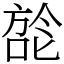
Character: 旕